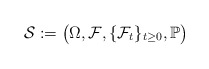
\begin{align*}\mathcal{S}:=\bigl(\Omega,\mathcal{F},\{\mathcal{F}_t\}_{t\ge 0},\mathbb{P}\bigr)\end{align*}